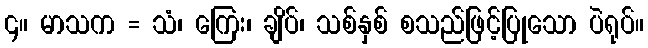
၄။ မာသက = သံ၊ ကြေး၊ ချိပ်၊ သစ်နှစ် စသည်ဖြင့်ပြုသော ပဲရုပ်။